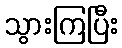
သွားကြပြီး